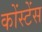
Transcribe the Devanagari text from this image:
कोंस्टेंस